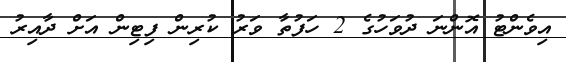
އިވެންޓު އޮންނަ ދުވަހުގެ 2 ހަފުތާ ވަރު ކުރިން ފިޓިން އަށް ދާއިރު